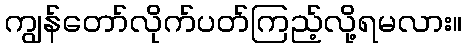
ကျွန်တော်လိုက်ပတ်ကြည့်လို့ရမလား။